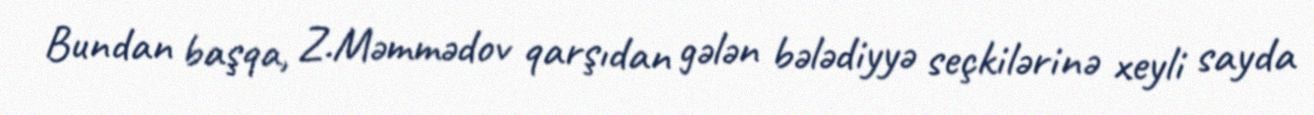
Bundan başqa, Z.Məmmədov qarşıdan gələn bələdiyyə seçkilərinə xeyli sayda